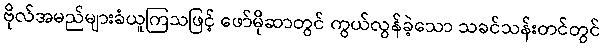
ဗိုလ်အမည်များခံယူကြသဖြင့် ဖော်မိုဆာတွင် ကွယ်လွန်ခဲ့သော သခင်သန်းတင်တွင်